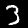
Label: 3